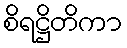
စိရဋ္ဌိတိကာ